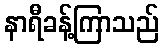
နာရီခန့်ကြာသည်